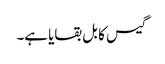
گیس کا بل بقایا ہے۔